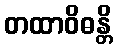
တထာဝိဓန္တိ